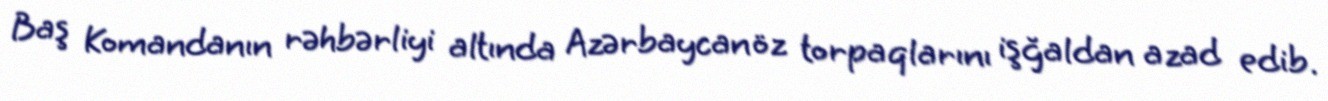
Baş Komandanın rəhbərliyi altında Azərbaycan öz torpaqlarını işğaldan azad edib.